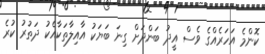
ކޮންމެ އަހަރެއްގެ ވެސް އީދު ބަންދަށް ގިނަ ބަޔަކު އާއިލާތަކާއެކު ދަތުރު ކުރެ